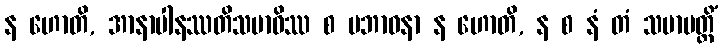
န ဟောတိ, အာနာပါနဿတိသမာဓိဿ စ ပဘာဝနာ န ဟောတိ, န စ နံ တံ သမာပတ္တိံ